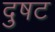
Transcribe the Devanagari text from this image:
दुषट